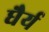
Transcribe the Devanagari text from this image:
घैर्य